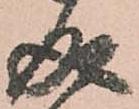
成